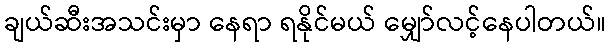
ချယ်ဆီးအသင်းမှာ နေရာ ရနိုင်မယ် မျှော်လင့်နေပါတယ်။